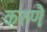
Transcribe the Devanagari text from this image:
करुणैः